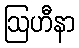
ဩဟီနာ